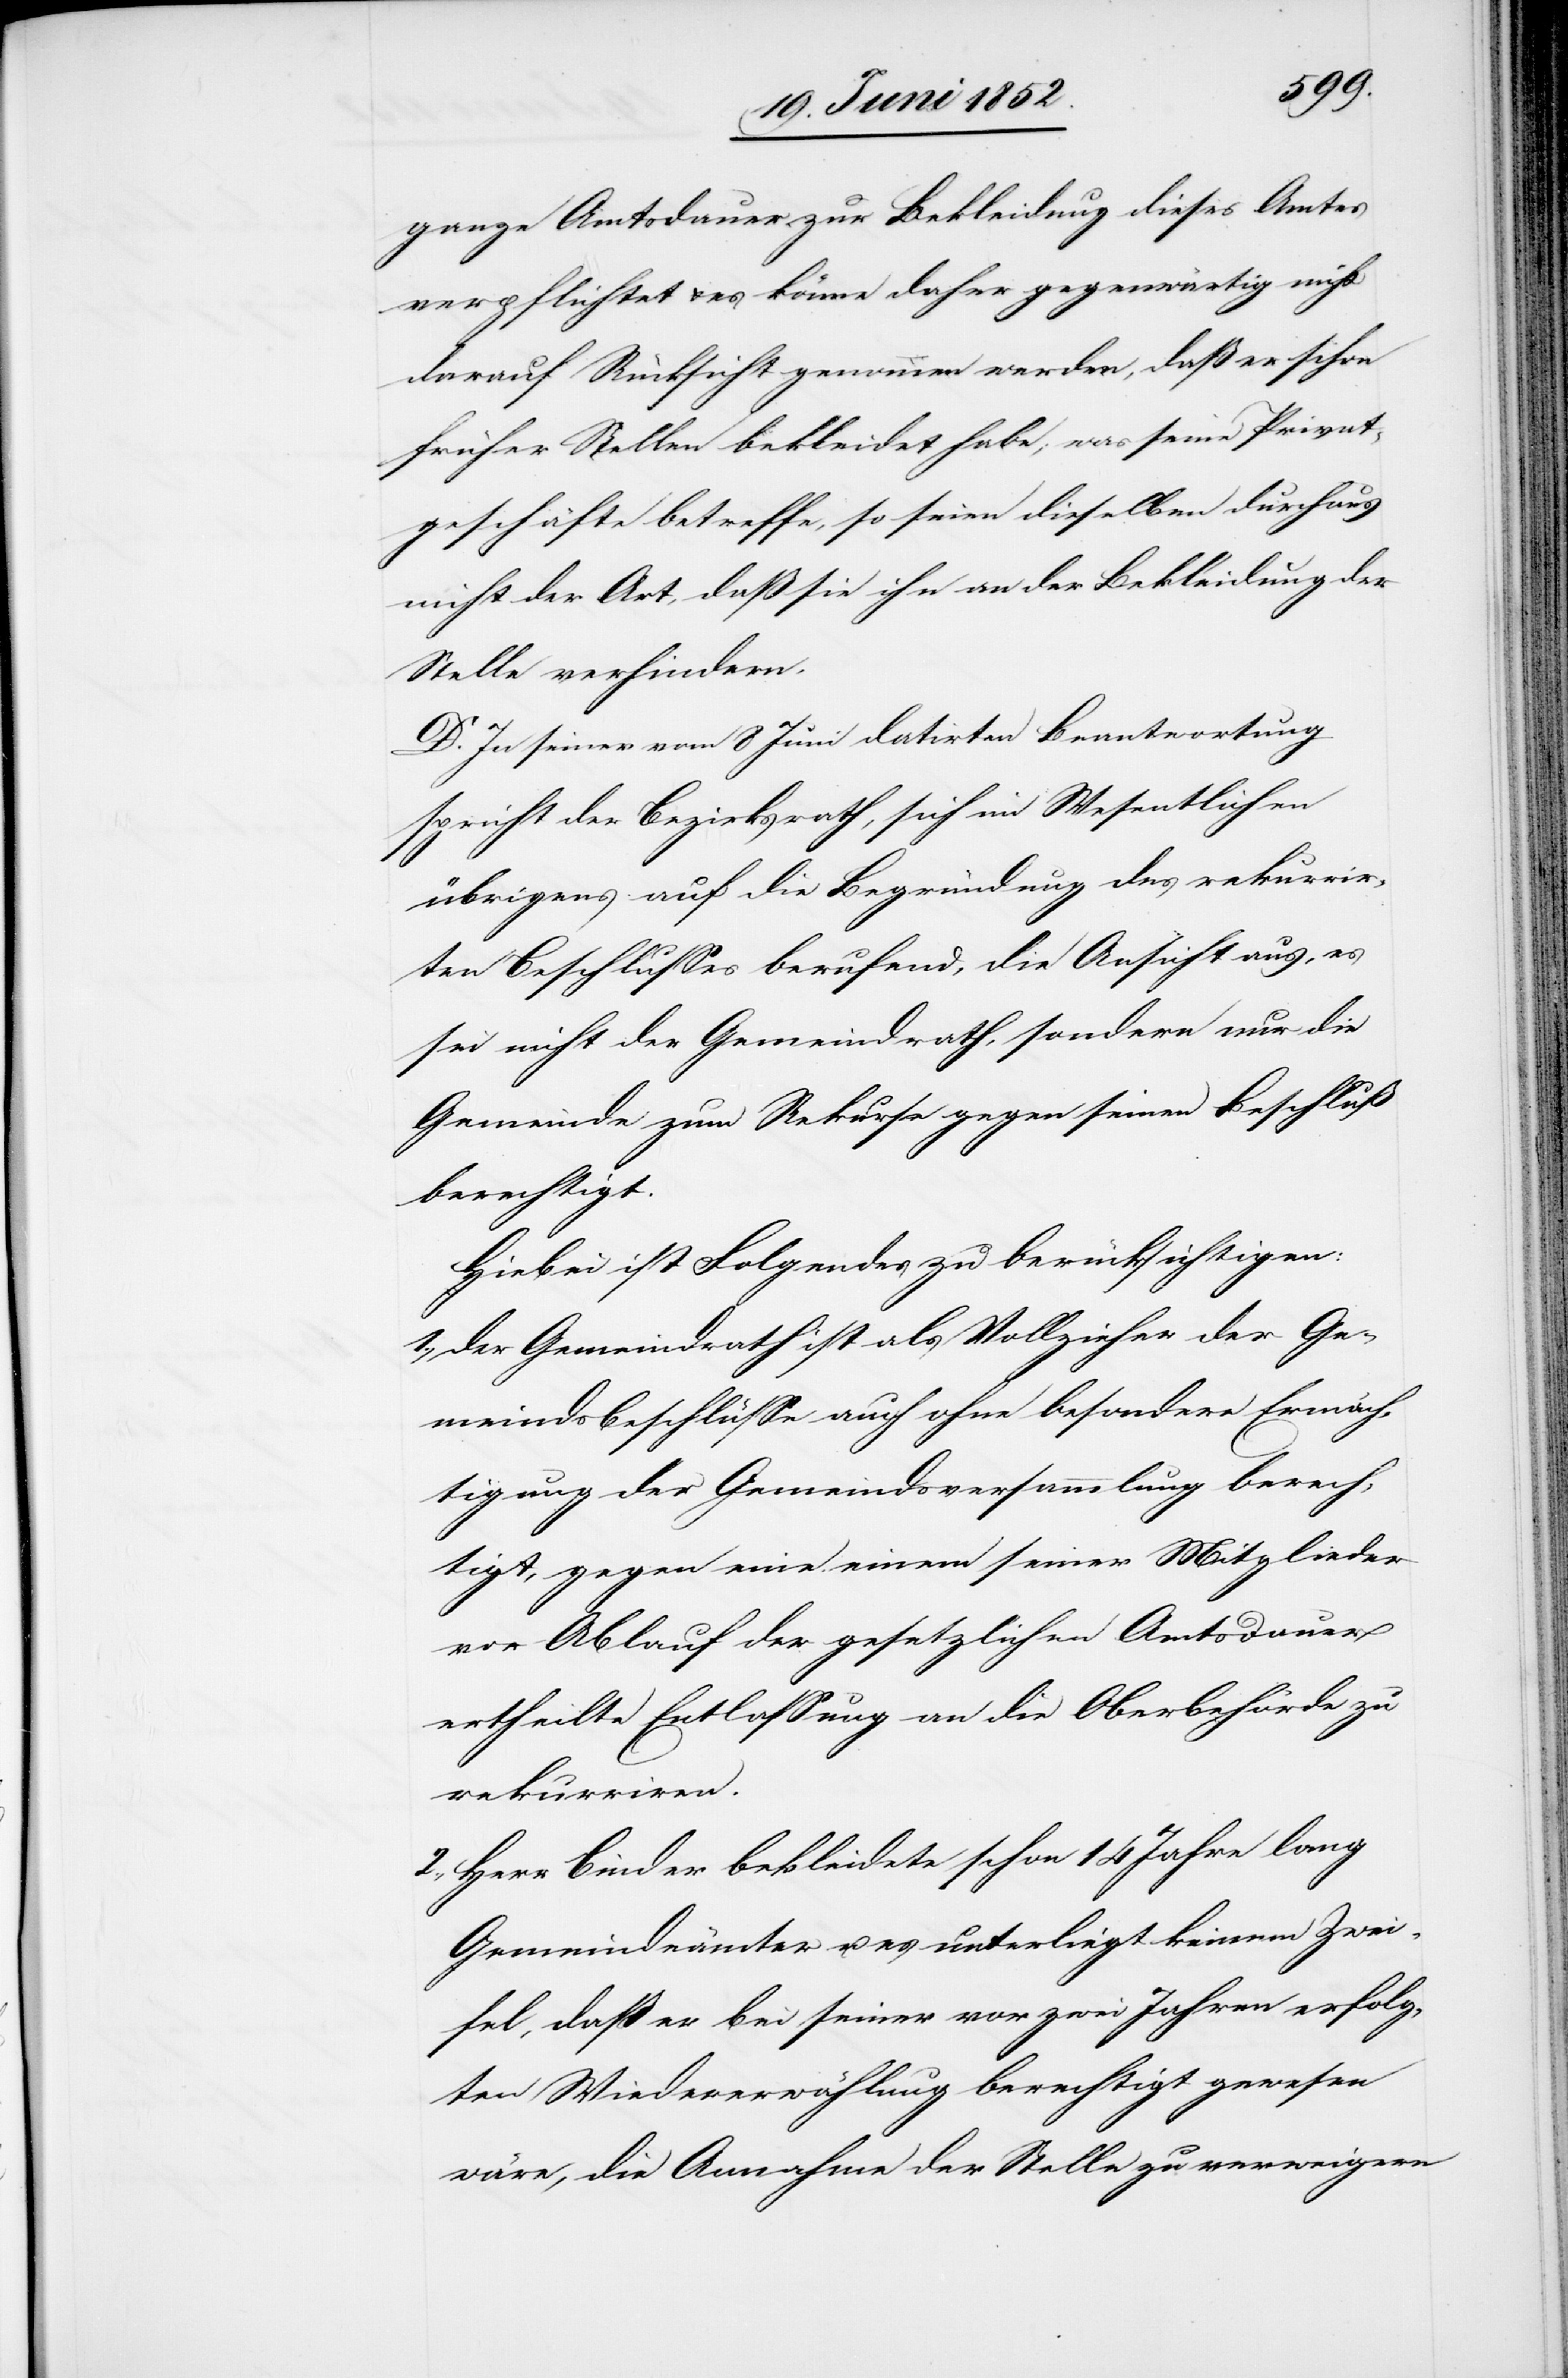
ganze Amtsdauer zur Bekleidung dieses Amtes
verpflichtet & es könne daher gegenwärtig nicht
darauf Rücksicht genommen werden, daß er schon
früher Stellen bekleidet habe; was seine Privat¬
geschäfte betreffe, so seien dieselben durchaus
nicht der Art, daß sie ihn an der Bekleidung der
Stelle verhindern.
D. In seiner vom 8 Juni datirten Beantwortung
spricht der Bezirksrath, sich im Wesentlichen
übrigens auf die Begründung des rekurrir¬
ten Beschlusses berufend, die Ansicht aus, es
sei nicht der Gemeindrath, sondern nur die
Gemeinde zum Rekurse gegen seinen Beschluß
berechtigt.
Hiebei ist Folgendes zu berücksichtigen:
1., der Gemeindrath ist als Vollzieher der Ge¬
meindsbeschlüsse auch ohne besondere Ermäch¬
tigung der Gemeindsversammlung berech¬
tigt, gegen eine einem seiner Mitglieder
vor Ablauf der gesetzlichen Amtsdauer
ertheilte Entlassung an die Oberbehörde zu
rekurriren.
2., Herr Binder bekleidete schon 14 Jahre lang
Gemeindeämter u. es unterliegt keinem Zwei¬
fel, dass er bei seiner vor zwei Jahren erfolg¬
ten Wiedererwählung berechtigt gewesen
wäre, die Annahme der Stelle zu verweigern